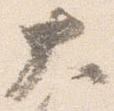
大